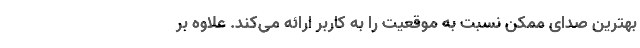
بهترین صدای ممکن نسبت به موقعیت را به کاربر ارائه می‌کند. علاوه بر